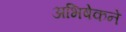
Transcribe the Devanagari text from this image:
अभिषेकने